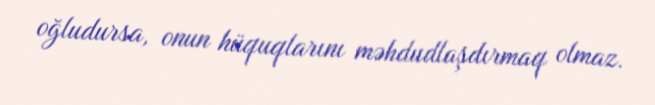
oğludursa, onun hüquqlarını məhdudlaşdırmaq olmaz.